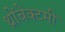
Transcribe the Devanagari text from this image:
थ्रोंबेक्टमी